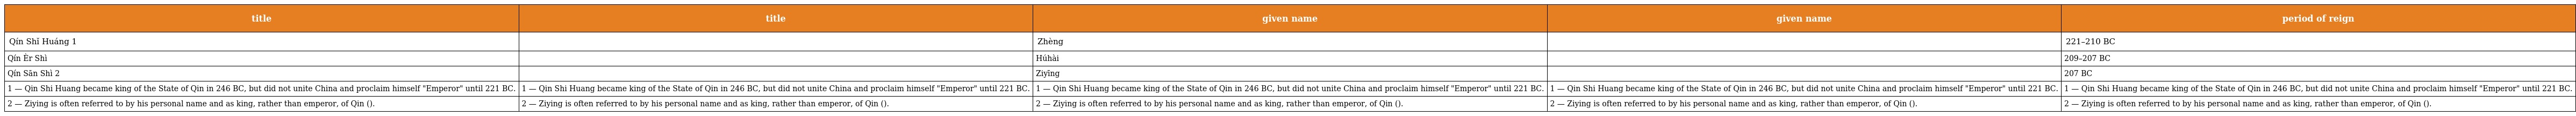
| title | title | given name | given name | period of reign |
 | --- | --- | --- | --- | --- |
 | Qín Shǐ Huáng 1 | 秦始皇 | Zhèng | 政 | 221–210 BC |
 | Qín Èr Shì | 秦二世 | Húhài | 胡亥 | 209–207 BC |
 | Qín Sān Shì 2 | 秦三世 | Ziyīng | 子嬰 | 207 BC |
 | 1 — Qin Shi Huang became king of the State of Qin in 246 BC, but did not unite China and proclaim himself "Emperor" until 221 BC. | 1 — Qin Shi Huang became king of the State of Qin in 246 BC, but did not unite China and proclaim himself "Emperor" until 221 BC. | 1 — Qin Shi Huang became king of the State of Qin in 246 BC, but did not unite China and proclaim himself "Emperor" until 221 BC. | 1 — Qin Shi Huang became king of the State of Qin in 246 BC, but did not unite China and proclaim himself "Emperor" until 221 BC. | 1 — Qin Shi Huang became king of the State of Qin in 246 BC, but did not unite China and proclaim himself "Emperor" until 221 BC. |
 | 2 — Ziying is often referred to by his personal name and as king, rather than emperor, of Qin (秦王子嬰). | 2 — Ziying is often referred to by his personal name and as king, rather than emperor, of Qin (秦王子嬰). | 2 — Ziying is often referred to by his personal name and as king, rather than emperor, of Qin (秦王子嬰). | 2 — Ziying is often referred to by his personal name and as king, rather than emperor, of Qin (秦王子嬰). | 2 — Ziying is often referred to by his personal name and as king, rather than emperor, of Qin (秦王子嬰). |